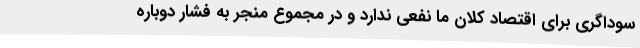
سوداگری برای اقتصاد کلان ما نفعی ندارد و در مجموع منجر به فشار دوباره